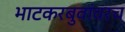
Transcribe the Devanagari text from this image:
भाटकरबुवांवरच